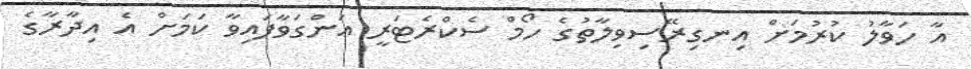
އާ ހަވާލު ކުރުމަށް އިނގިރޭސިވިލާތުގެ ހޯމް ސެކްރެޓަރީ އަންގަވާފައިވާ ކަމަށް އެ އިދާރާގެ